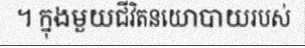
។ ក្នុងមួយជីវិតនយោបាយរបស់